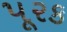
પૂરક